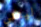
ليتني